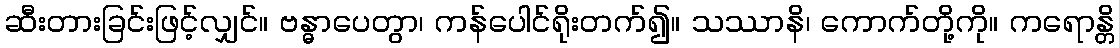
ဆီးတားခြင်းဖြင့်လျှင်။ ဗန္ဓာပေတွာ၊ ကန်ပေါင်ရိုးတက်၍။ သဿာနိ၊ ကောက်တို့ကို။ ကရောန္တိ